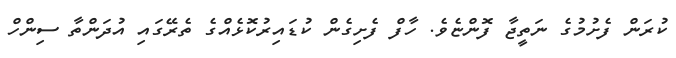
ކުރަން ފެށުމުގެ ނަތީޖާ ފޮންޏެވެ. ހާފް ފެށިގެން ކުޑައިރުކޮޅެއްގެ ތެރޭގައި އުދަންތާ ސިންހް